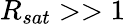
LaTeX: R_{sat}>>1